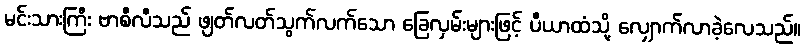
မင်းသားကြီး ဗာစီလီသည် ဖျတ်လတ်သွက်လက်သော ခြေလှမ်းများဖြင့် ပီယာထံသို့ လျှောက်လာခဲ့လေသည်။